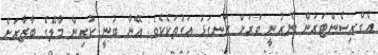
އެގްރިސެންޓަރުން ނެރުނީ ވަރަށް ރަނގަޅު އަގުތަކެކެވެ. އޭނާ ބުނީ ކުރިން މާލޭގެ ބާޒާރަށް